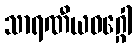
သာရဏီယဝဂ္ဂေါ